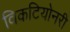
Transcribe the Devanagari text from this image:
विकटियोनरी